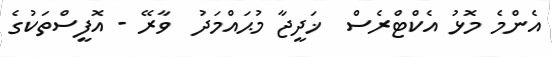
އެންމެ މޮޅު އެކްޓްރެސް  ޚަދީޖާ މުޙައްމަދު  ވާރޭ - އޮފީސްތަކުގެ